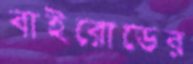
বাইরোডের